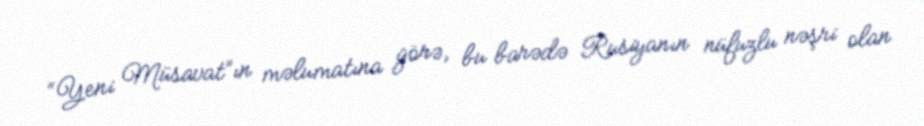
“Yeni Müsavat”ın məlumatına görə, bu barədə Rusiyanın nüfuzlu nəşri olan